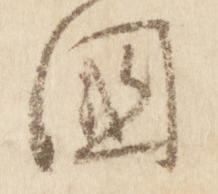
国